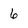
Character: 6